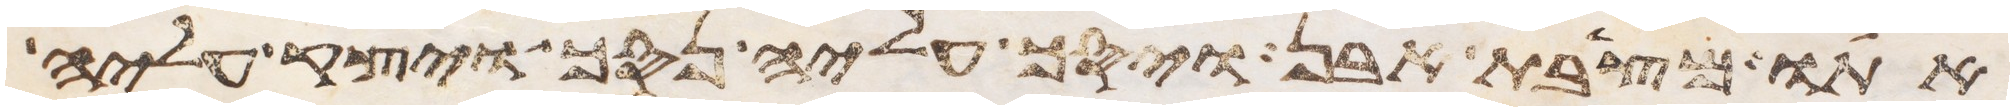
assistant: אתו מצבת אבן ויסך עליה נסך ויצק עליה